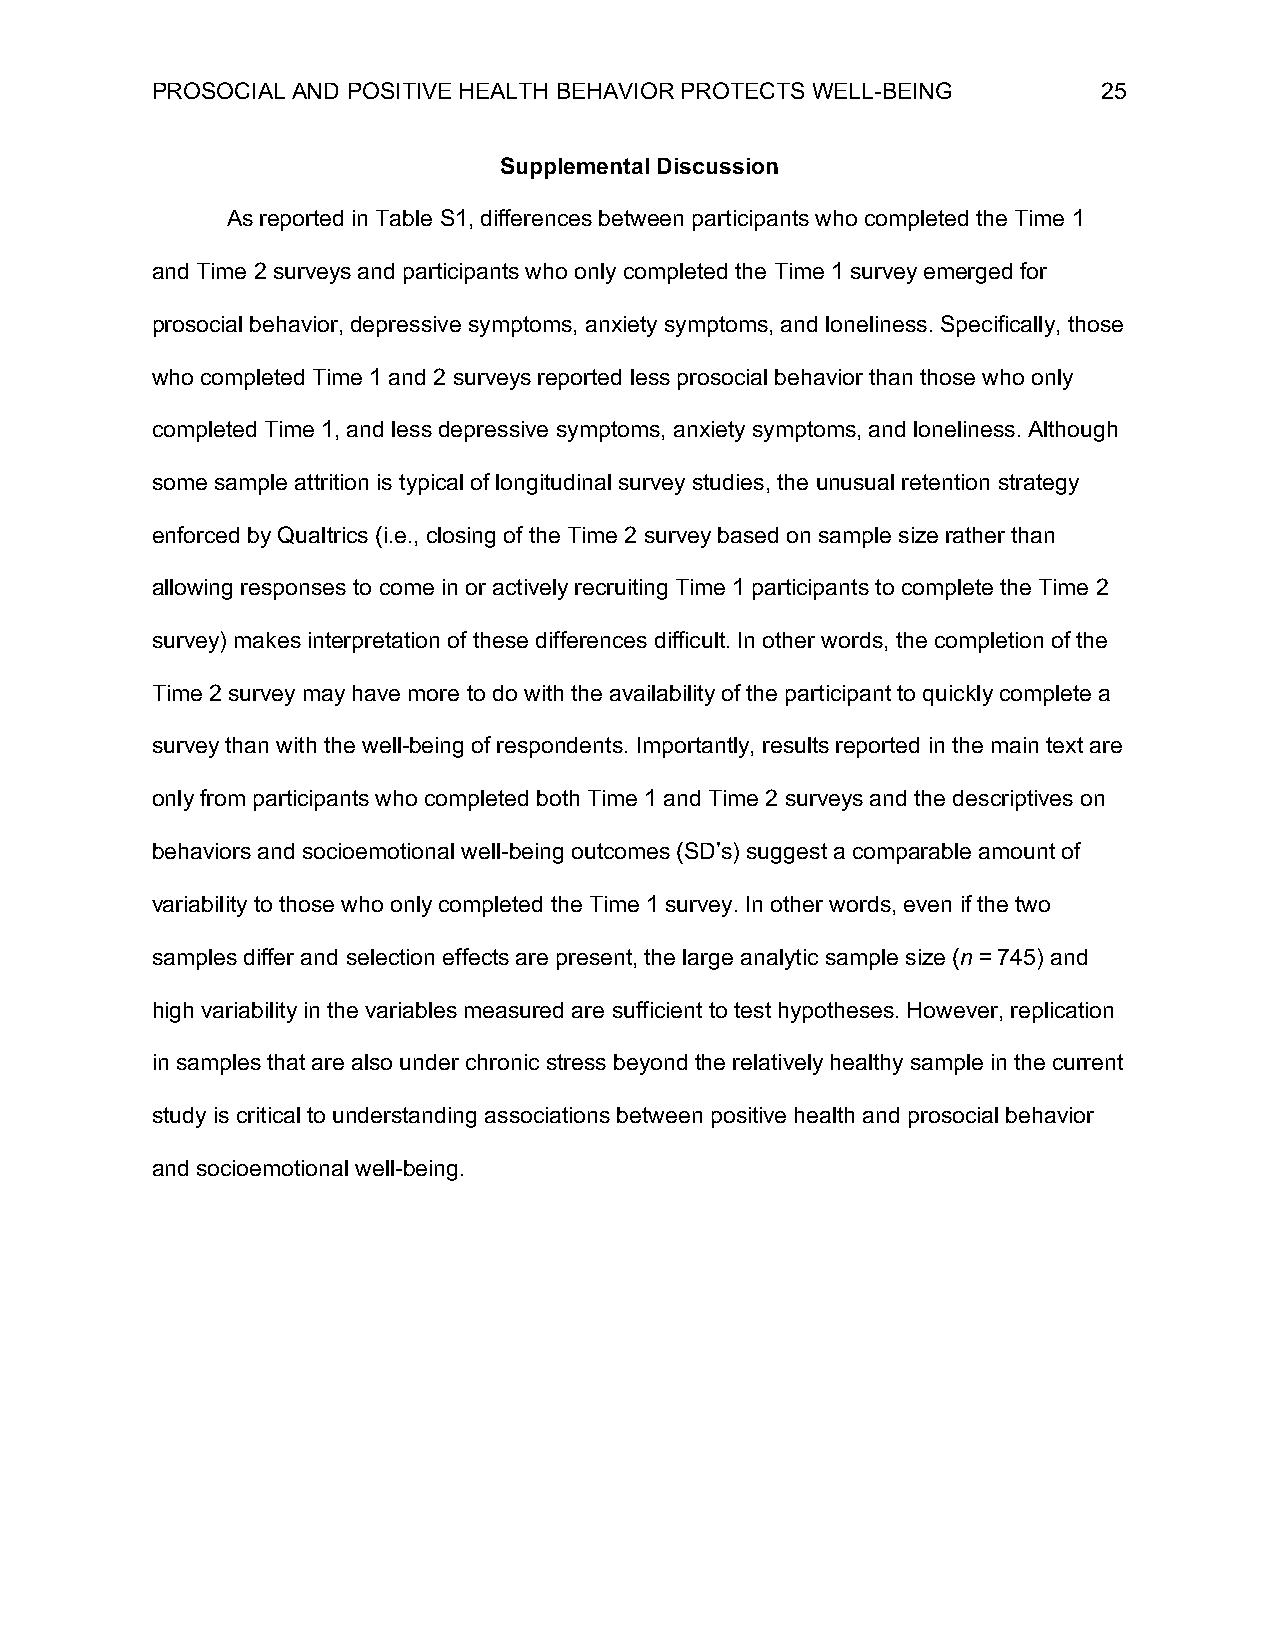
PROSOCIAL AND POSITIVE HEALTH BEHAVIOR PROTECTS WELL-BEING     25
 Supplemental Discussion
 As reported in Table S1, differences between participants who completed the Time 1
 and Time 2 surveys and participants who only completed the Time 1 survey emerged for
 prosocial behavior, depressive symptoms, anxiety symptoms, and loneliness. Specifically, those
 who completed Time 1 and 2 surveys reported less prosocial behavior than those who only
 completed Time 1, and less depressive symptoms, anxiety symptoms, and loneliness. Although
 some sample attrition is typical of longitudinal survey studies, the unusual retention strategy
 enforced by Qualtrics (i.e., closing of the Time 2 survey based on sample size rather than
 allowing responses to come in or actively recruiting Time 1 participants to complete the Time 2
 survey) makes interpretation of these differences difficult. In other words, the completion of the
 Time 2 survey may have more to do with the availability of the participant to quickly complete a
 survey than with the well-being of respondents. Importantly, results reported in the main text are
 only from participants who completed both Time 1 and Time 2 surveys and the descriptives on
 behaviors and socioemotional well-being outcomes (SD’s) suggest a comparable amount of
 variability to those who only completed the Time 1 survey. In other words, even if the two
 samples differ and selection effects are present, the large analytic sample size (n = 745) and
 high variability in the variables measured are sufficient to test hypotheses. However, replication
 in samples that are also under chronic stress beyond the relatively healthy sample in the current
 study is critical to understanding associations between positive health and prosocial behavior
 and socioemotional well-being.